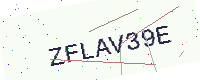
Text: ZFLAV39E